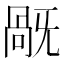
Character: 旤